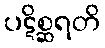
ပဋိစ္ဆရတိ